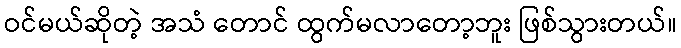
ဝင်မယ်ဆိုတဲ့ အသံ တောင် ထွက်မလာတော့ဘူး ဖြစ်သွားတယ်။